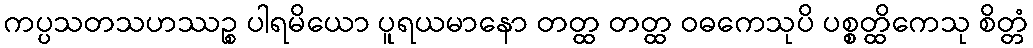
ကပ္ပသတသဟဿဉ္စ ပါရမိယော ပူရယမာနော တတ္ထ တတ္ထ ဝဓကေသုပိ ပစ္စတ္ထိကေသု စိတ္တံ